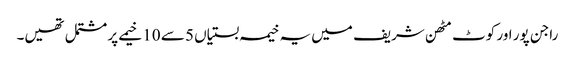
راجن پور اور کوٹ مٹھن شریف میں یہ خیمہ بستیاں 5 سے 10 خیمے پر مشتمل تھیں۔